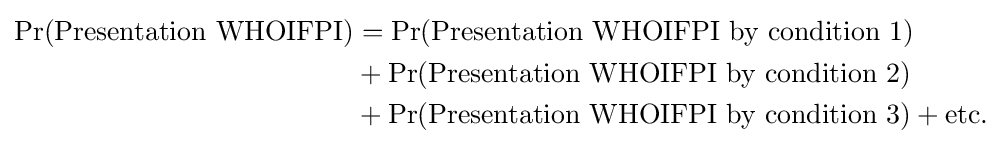
{\begin{aligned}\Pr({\text{Presentation WHOIFPI}})&=\Pr({\text{Presentation WHOIFPI by condition 1}})\\&{}+\Pr({\text{Presentation WHOIFPI by condition 2}})\\&{}+\Pr({\text{Presentation WHOIFPI by condition 3}})+{\text{etc.}}\end{aligned}}